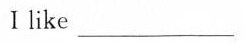
I like ___